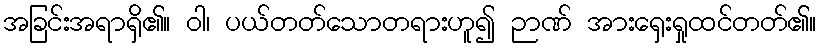
အခြင်းအရာရှိ၏။ ဝါ၊ ပယ်တတ်သောတရားဟူ၍ ဉာဏ် အားရှေးရှုထင်တတ်၏။